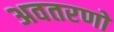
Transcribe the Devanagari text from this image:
अवतरणो